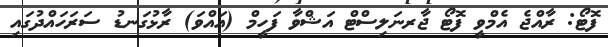
ފޮޓޯ: ރާއްޖެ އެމްވީ ފޮޓޯ ޖާރނަލިސްޓް އަޝްވާ ފަހީމް (އައްވަ) ރާޅުގަނޑު ސަރަހައްދުގައި